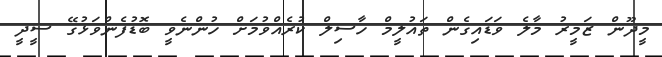
މީދޫން ޒަމީރު މާލެ ވަޑައިގެން ތައުލީމް ހާސިލް ކުރެއްވުމަށް ހުންނެވީ ބޮޑުފެންވަޅުގޭ ސީދީ